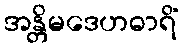
အန္တိမဒေဟဓာရိံ